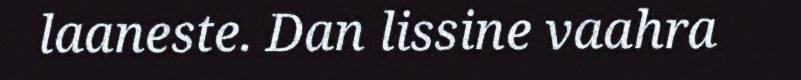
laaneste. Dan lissine vaahra